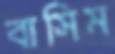
বাসিম